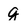
Character: g